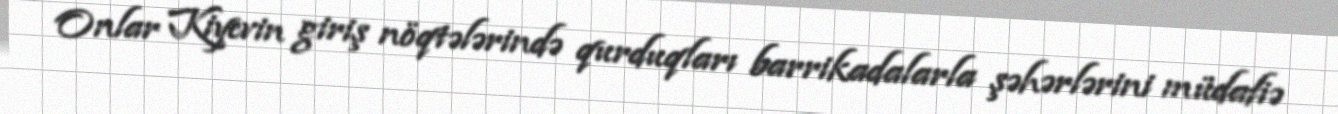
Onlar Kiyevin giriş nöqtələrində qurduqları barrikadalarla şəhərlərini müdafiə